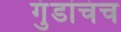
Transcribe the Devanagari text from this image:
गुंडांचंच